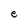
Character: e